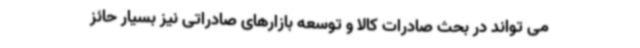
می تواند در بحث صادرات کالا و توسعه بازارهای صادراتی نیز بسیار حائز